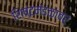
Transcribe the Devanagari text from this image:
शिष्टमंडळावर